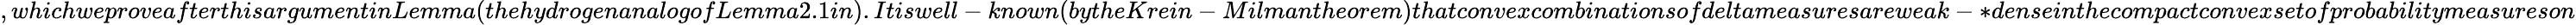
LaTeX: ,whichweproveafterthisargumentinLemma(thehydrogenanalogofLemma2.1in).Itiswell-known(bytheKrein-Milmantheorem)thatconvexcombinationsofdeltameasuresareweak-*denseinthecompactconvexsetofprobabilitymeasureson